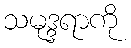
သမုဒ္ဒရာကို